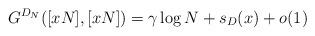
LaTeX: \begin{align*}G^{D_{N}}([xN],[xN])=\gamma\log N+s_{D}(x)+o(1)\end{align*}